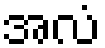
အလံ